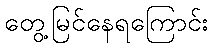
တွေ့မြင်နေရကြောင်း